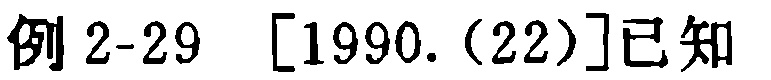
例 2-29 [1990.(22)]已知